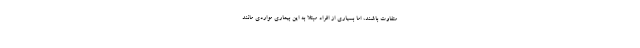
متفاوت باشند، اما بسیاری از افراد مبتلا به این بیماری مواردی مانند